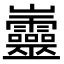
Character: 𡿡